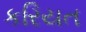
કરિયત